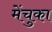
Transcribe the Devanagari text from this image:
मेंचुका